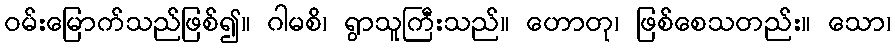
ဝမ်းမြောက်သည်ဖြစ်၍။ ဂါမစိ၊ ရွာသူကြီးသည်။ ဟောတု၊ ဖြစ်စေသတည်း။ သော၊